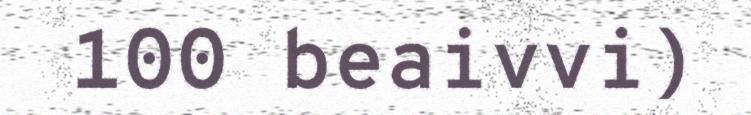
100 beaivvi)